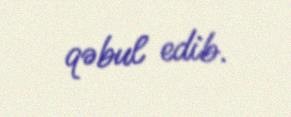
qəbul edib.